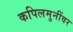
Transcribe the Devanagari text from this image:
कपिलमुनींवर